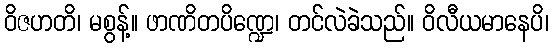
ဝိဇဟတိ၊ မစွန့်။ ဖာဏိတပိဏ္ဍေ၊ တင်လဲခဲသည်။ ဝိလီယမာနေပိ၊